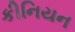
કીનિયન